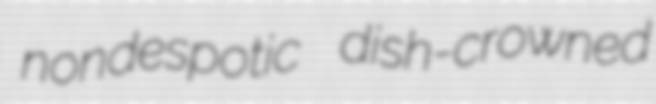
nondespotic dish-crowned